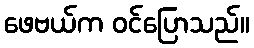
ဖေဗယ်က ဝင်ပြောသည်။